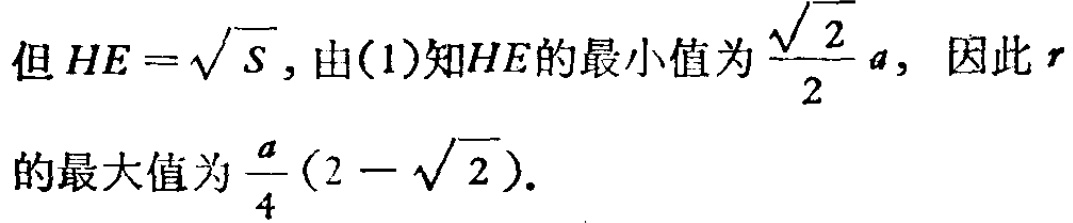
但 \(HE = \sqrt{S}\)，由(1)知\(HE\)的最小值为\(\frac{\sqrt{2}}{2}a\)，因此\(r\)的最大值为\(\frac{a}{4}(2 - \sqrt{2})\).